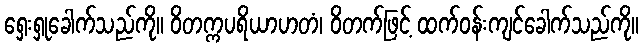
ရှေးရှုခေါက်သည်ကို။ ဝိတက္ကပရိယာဟတံ၊ ဝိတက်ဖြင့် ထက်ဝန်းကျင်ခေါက်သည်ကို။